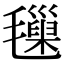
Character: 𣰩